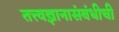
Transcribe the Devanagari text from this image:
तत्त्वज्ञानासंबंधीची